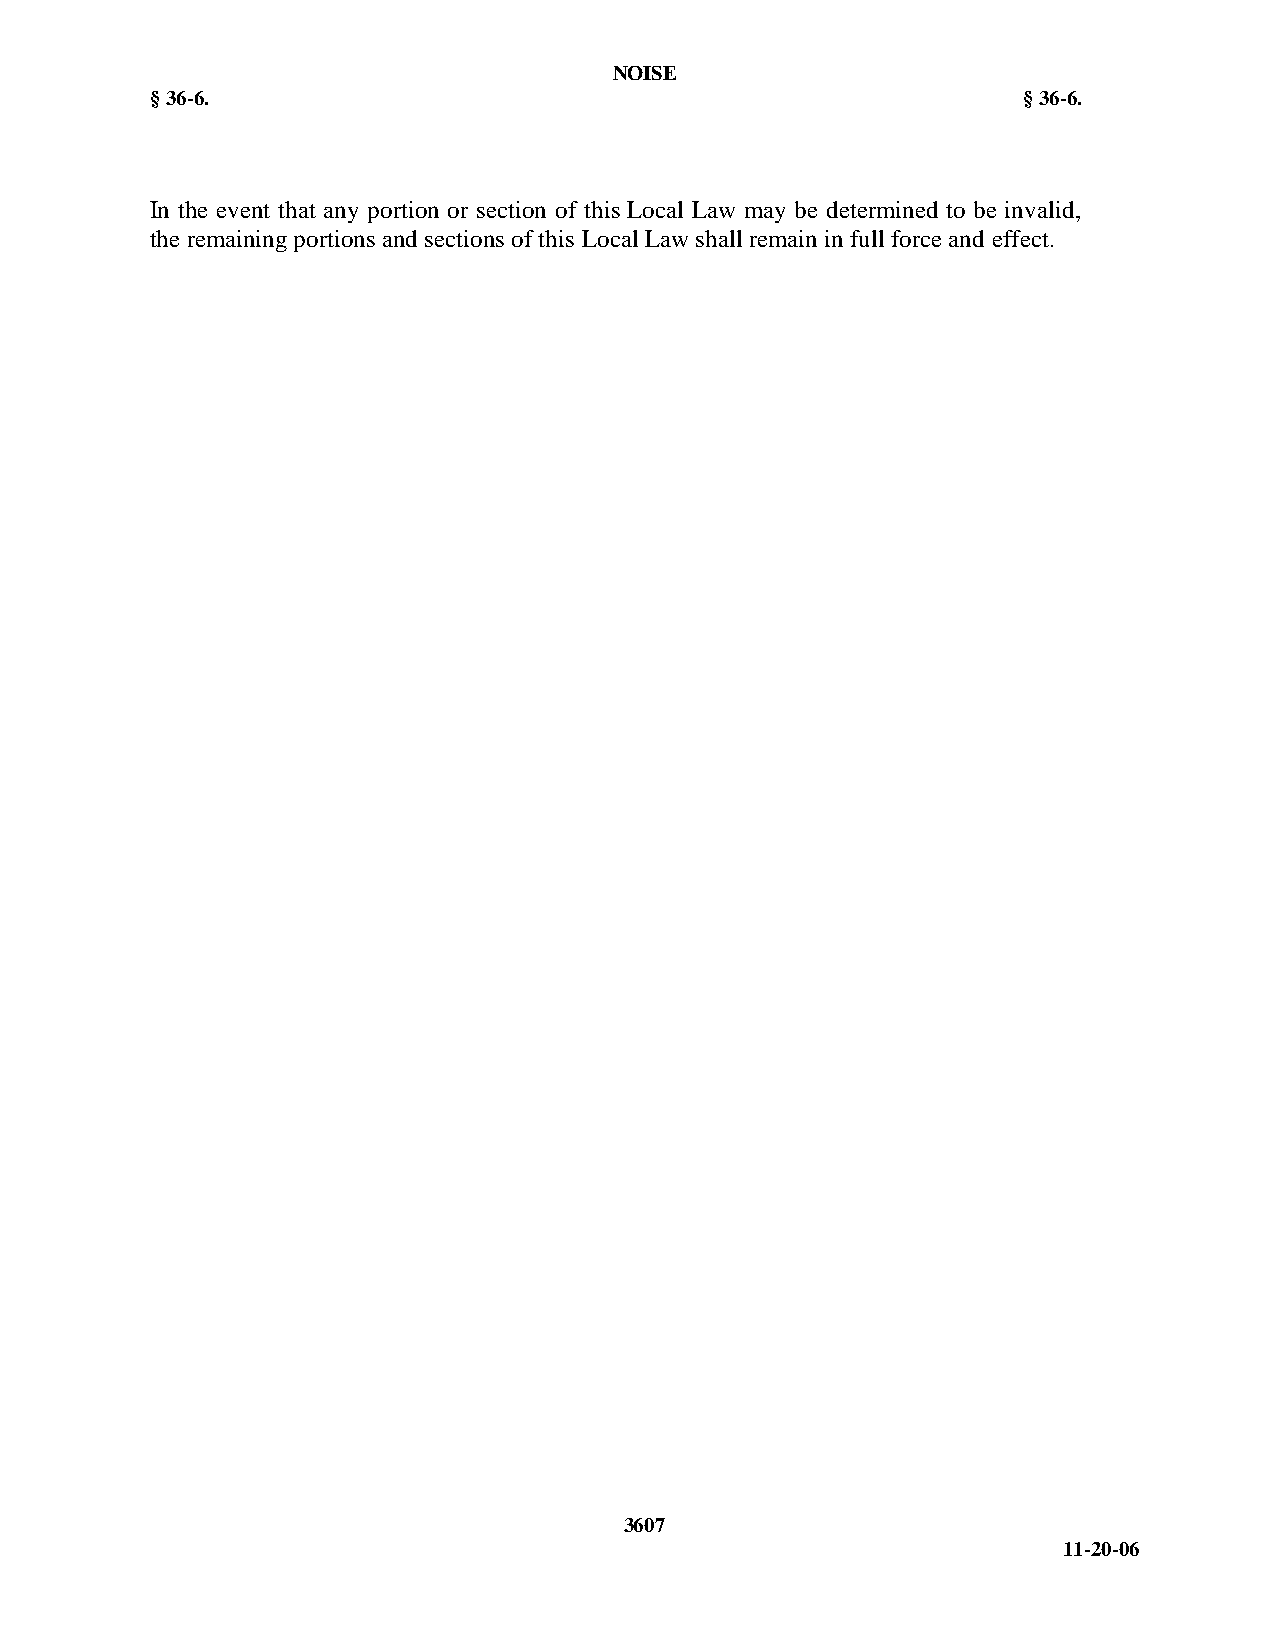
NOISE
 § 36-6.                                                   § 36-6.
 In the event that any portion or section of this Local Law may be determined to be invalid,
 the remaining portions and sections of this Local Law shall remain in full force and effect.
 3607
 11-20-06